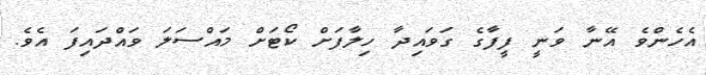
އެހެންވެ އޭނާ ވަނީ ފީފާގެ ގަވައިދާ ހިލާފަށް ކޯޓަށް މައްސަލަ ވައްދައިފަ އެވެ.